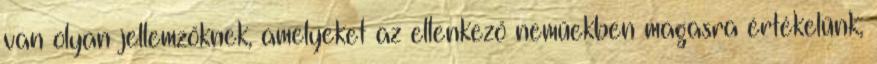
van olyan jellemzőknek, amelyeket az ellenkező neműekben magasra értékelünk,